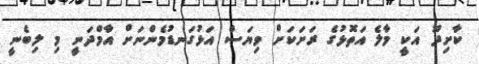
ކާށިދޫ އަކީ މާލެ އަތޮޅުގެ ރަށަކަށް ވިޔަސް އަޅުގަނޑުމެންނަށް އާމްދަނީ މި ލިބެނީ